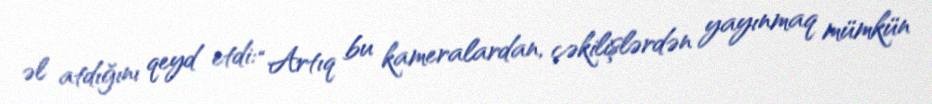
əl atdığını qeyd etdi: “Artıq bu kameralardan, çəkilişlərdən yayınmaq mümkün